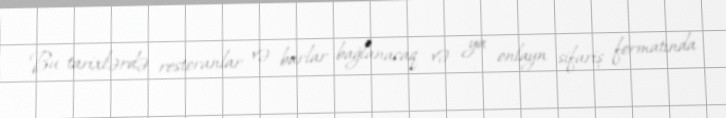
Bu tarixlərdə restoranlar və barlar bağlanacaq və ya onlayn sifariş formatında